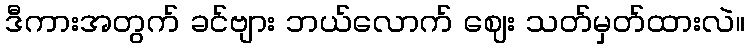
ဒီကားအတွက် ခင်ဗျား ဘယ်လောက် ဈေး သတ်မှတ်ထားလဲ။